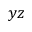
y z